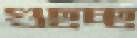
গুছচ্ছ